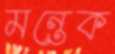
মন্তেক